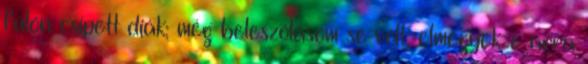
fülön csípett diák; még beleszólásom se volt, elmegyek-e arra